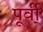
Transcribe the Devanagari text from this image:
पूर्वी्